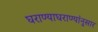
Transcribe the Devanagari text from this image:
घराण्याघराण्यांनुसार